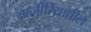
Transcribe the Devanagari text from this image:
अल्जीरियातील